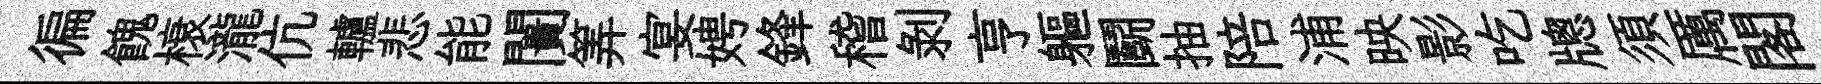
徧餽榱瀧伉轤悲能闠筭宴娉鋒稽剥亨軀鬬抽陪浦映影吃牕須厲閣